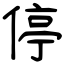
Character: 停